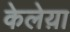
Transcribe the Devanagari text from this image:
केलेय़ा